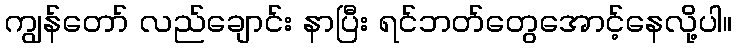
ကျွန်တော် လည်ချောင်း နာပြီး ရင်ဘတ်တွေအောင့်နေလို့ပါ။